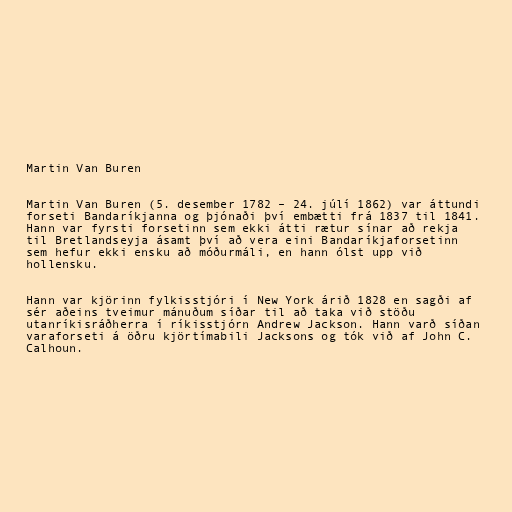
Martin Van Buren

Martin Van Buren (5. desember 1782 – 24. júlí 1862) var áttundi
forseti Bandaríkjanna og þjónaði því embætti frá 1837 til 1841.
Hann var fyrsti forsetinn sem ekki átti rætur sínar að rekja
til Bretlandseyja ásamt því að vera eini Bandaríkjaforsetinn
sem hefur ekki ensku að móðurmáli, en hann ólst upp við
hollensku.

Hann var kjörinn fylkisstjóri í New York árið 1828 en sagði af
sér aðeins tveimur mánuðum síðar til að taka við stöðu
utanríkisráðherra í ríkisstjórn Andrew Jackson. Hann varð síðan
varaforseti á öðru kjörtímabili Jacksons og tók við af John C.
Calhoun.